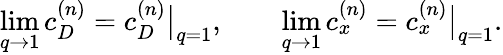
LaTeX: \operatorname*{lim}_{q\to 1}c_{D}^{(n)}=c_{D}^{(n)}\big|_{q=1},\qquad\operatorname*{lim}_{q\to 1}c_{x}^{(n)}=c_{x}^{(n)}\big|_{q=1}.